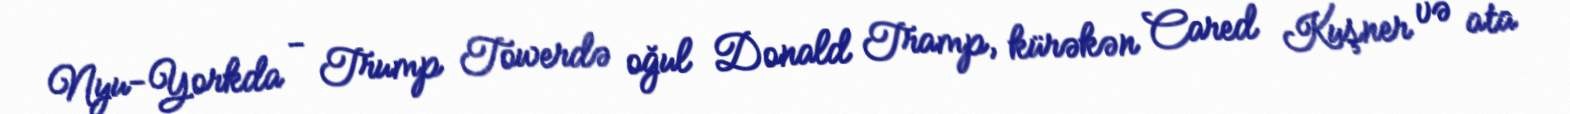
Nyu-Yorkda - Trump Towerdə oğul Donald Tramp, kürəkən Cared Kuşner və ata